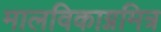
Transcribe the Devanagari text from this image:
मालविकाग्नमित्र